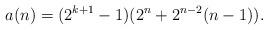
LaTeX: \begin{align*} a(n) = (2^{k + 1} - 1)(2^n + 2^{n - 2}(n - 1)). \end{align*}